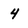
Character: 4